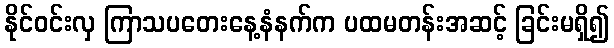
နိုင်ဝင်းလှ ကြာသပတေးနေ့နံနက်က ပထမတန်းအဆင့် ခြင်းမရှိ၍